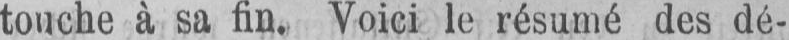
touche à sa fin. Voici le résumé des dé-